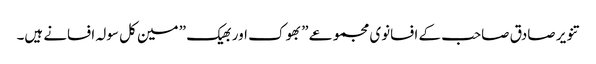
تنویر صادق صاحب کے افسانوی مجموعے ” بھوک اور بھیک ” مین کل سولہ افسانے ہیں۔